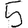
Digit: 5